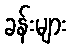
ခန်းများ